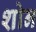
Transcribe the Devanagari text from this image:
शोन